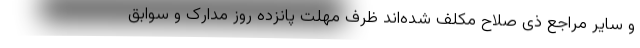
و سایر مراجع ذی صلاح مکلف شده‌اند ظرف مهلت پانزده روز مدارک و سوابق